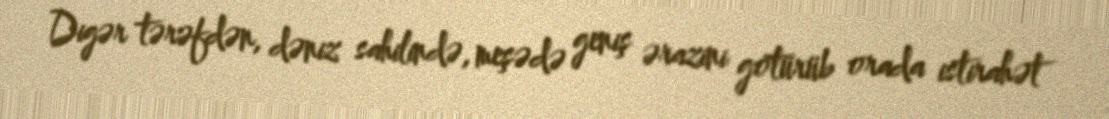
Digər tərəfdən, dəniz sahilində, meşədə geniş ərazini götürüb orada istirahət